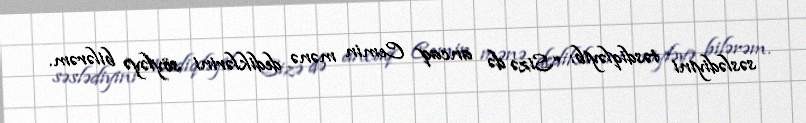
səslədiyini təsdiqləyib: “Sizə də ancaq Cemin mənə dediklərini söyləyə bilərəm.